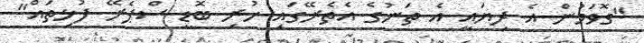
"ގޮވަމުން އެ ދިޔައީ އެ ތަނުގެ އެތެރޭގައި ހުރި ބޮޑީ ސްޕެރޭ ފުޅިތައް"